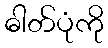
ဓါတ်ပုံကို